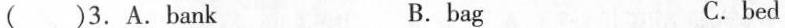
( )3. A. Bank B. bag C. bed